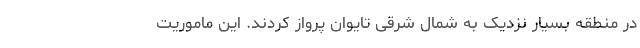
در منطقه بسیار نزدیک به شمال شرقی تایوان پرواز کردند. این ماموریت